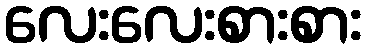
လေးလေးစားစား